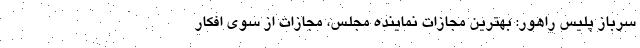
سرباز پلیس راهور: بهترین مجازات نماینده مجلس، مجازات از سوی افکار